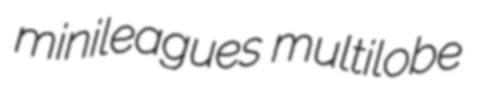
minileagues multilobe